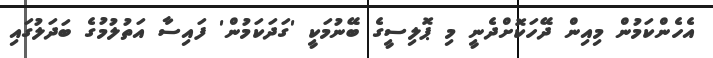
އެހެންކަމުން މިއިން ދޭހަކޮށްދެނީ މި ޕޮލިސީގެ ބޭނުމަކީ 'ގަދަކަމުން' ފައިސާ އަތުލުމުގެ ބަދަލުގައި